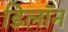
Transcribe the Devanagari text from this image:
डिलॉन